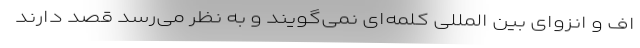
اف و انزوای بین المللی کلمه‌ای نمی‌گویند و به نظر می‌رسد قصد دارند